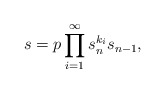
\begin{align*}s=p \prod_{i=1}^{\infty} s_{n}^{k_i} s_{n-1},\end{align*}